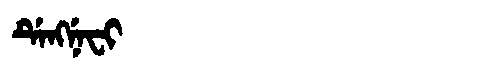
Manchu: ᡩᡝᠩᠨᡝᠸᡳ
Romanization: DENGNEFI